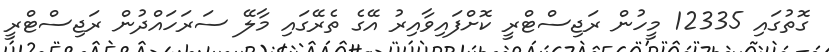
ގޮތުގައި 12335 މީހުން ރަޖިސްޓްރީ ކޮށްފައިވާއިރު އޭގެ ތެރޭގައި މާލޭ ސަރަހައްދުން ރަޖިސްޓްރީ